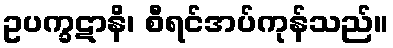
ဥပက္ခဋာနိ၊ စီရင်အပ်ကုန်သည်။